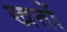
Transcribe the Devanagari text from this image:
खत्तों